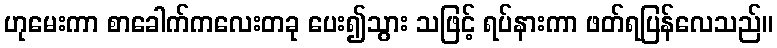
ဟုမေးကာ စာခေါက်ကလေးတခု ပေး၍သွား သဖြင့် ရပ်နားကာ ဖတ်ရပြန်လေသည်။